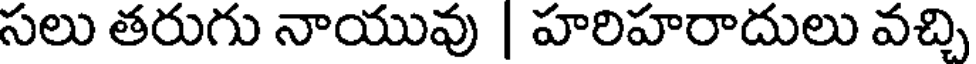
సలు తరుగు నాయువు | హరిహరాదులు వచ్చి